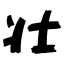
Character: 壮